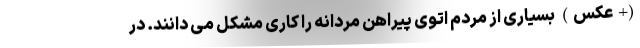
(+عکس) بسیاری از مردم اتوی پیراهن مردانه را کاری مشکل می دانند. در